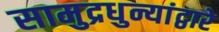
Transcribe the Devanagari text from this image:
सामुद्रधुन्यांद्वारे